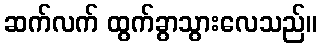
ဆက်လက် ထွက်ခွာသွားလေသည်။